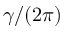
\gamma / ( 2 \pi )